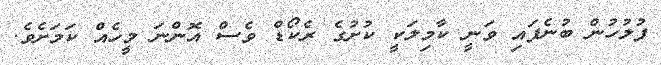
ފުލުހުން ބުނެފައި ވަނީ ކާމިލަކީ ކުށުގެ ރެކޯޑް ވެސް އޮންނަ މީހެއް ކަމަށެވެ.